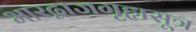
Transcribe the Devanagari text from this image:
भारद्वाजगृह्यसूत्र